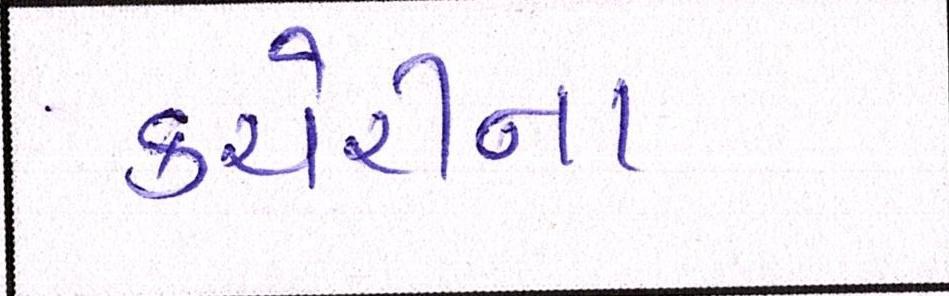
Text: કચેરીના